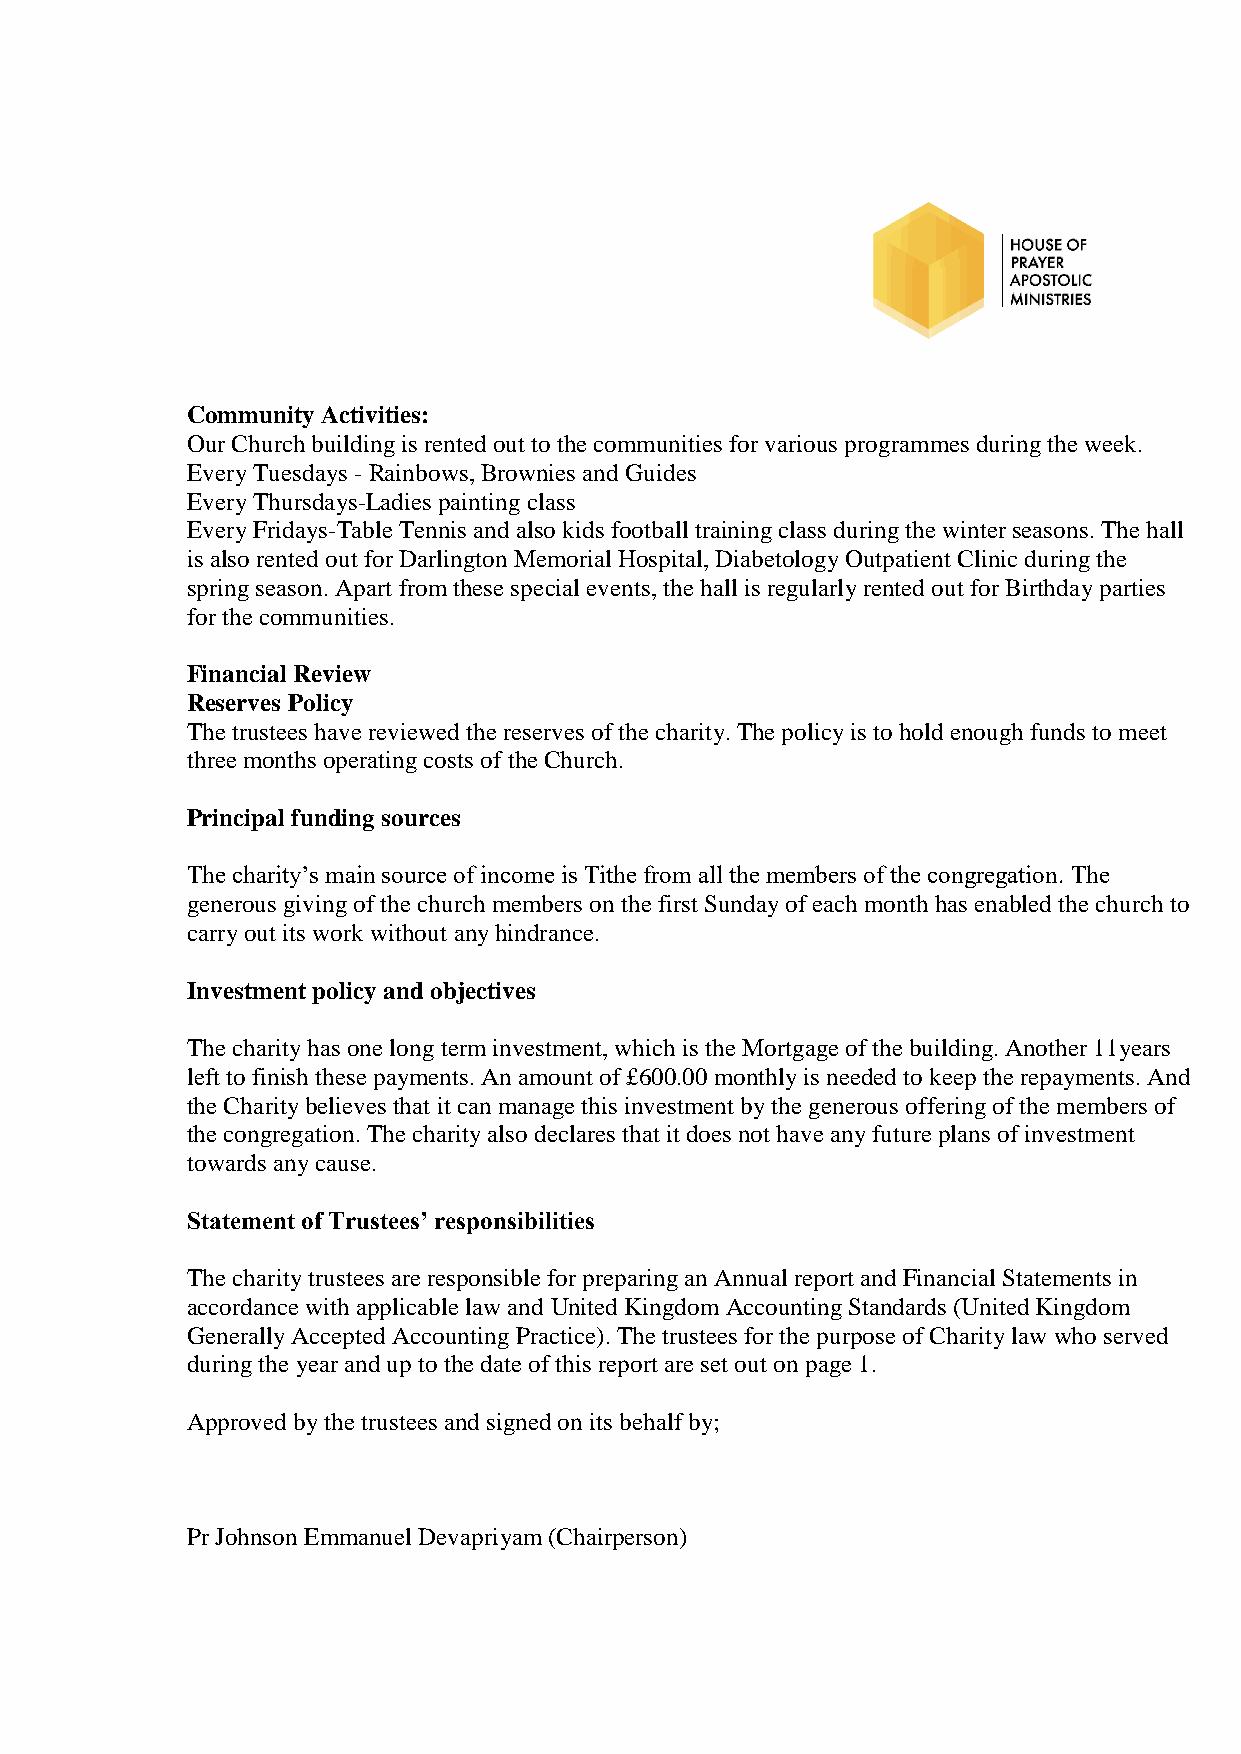
Community Activities:
 Our Church building is rented out to the communities for various programmes during the week.
 Every Tuesdays - Rainbows, Brownies and Guides
 Every Thursdays-Ladies painting class
 Every Fridays-Table Tennis and also kids football training class during the winter seasons. The hall
 is also rented out for Darlington Memorial Hospital, Diabetology Outpatient Clinic during the
 spring season. Apart from these special events, the hall is regularly rented out for Birthday parties
 for the communities.
 Financial Review
 Reserves Policy
 The trustees have reviewed the reserves of the charity. The policy is to hold enough funds to meet
 three months operating costs of the Church.
 Principal funding sources
 The charity’s main source of income is Tithe from all the members of the congregation. The
 generous giving of the church members on the first Sunday of each month has enabled the church to
 carry out its work without any hindrance.
 Investment policy and objectives
 The charity has one long term investment, which is the Mortgage of the building. Another 11years
 left to finish these payments. An amount of £600.00 monthly is needed to keep the repayments. And
 the Charity believes that it can manage this investment by the generous offering of the members of
 the congregation. The charity also declares that it does not have any future plans of investment
 towards any cause.
 Statement of Trustees’ responsibilities
 The charity trustees are responsible for preparing an Annual report and Financial Statements in
 accordance with applicable law and United Kingdom Accounting Standards (United Kingdom
 Generally Accepted Accounting Practice). The trustees for the purpose of Charity law who served
 during the year and up to the date of this report are set out on page 1.
 Approved by the trustees and signed on its behalf by;
 Pr Johnson Emmanuel Devapriyam (Chairperson)